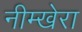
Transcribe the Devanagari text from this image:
नीम्खेरा